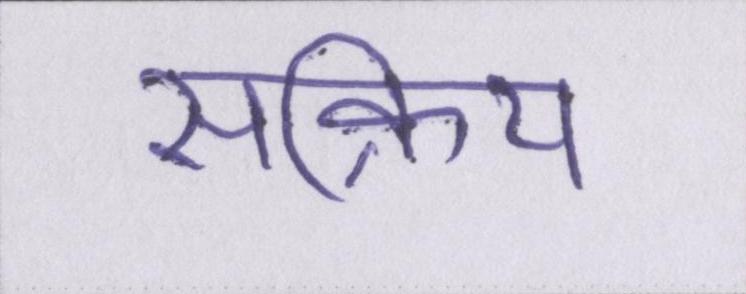
सक्रिय